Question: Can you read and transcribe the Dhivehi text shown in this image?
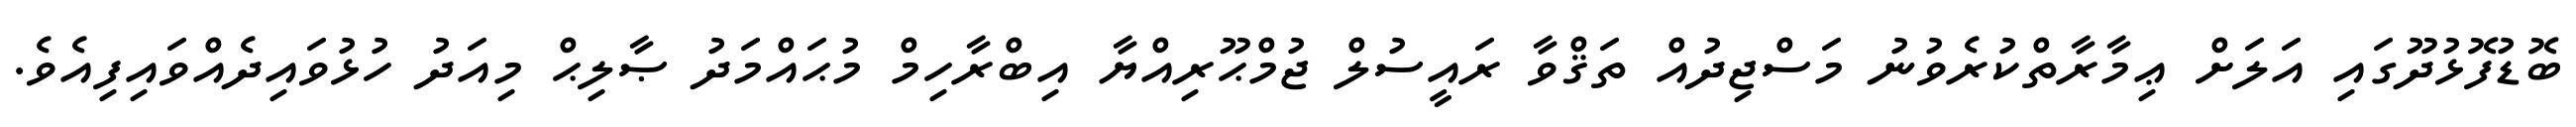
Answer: ބޮޑުފޮޅުދޫގައި އަލަށް ޢިމާރާތްކުރެވުނު މަސްޖިދުއް ތަޤްވާ ރައީސުލް ޖުމްޙޫރިއްޔާ އިބްރާހިމް މުޙައްމަދު ޞާލިޙް މިއަދު ހުޅުވައިދެއްވައިފިއެވެ.